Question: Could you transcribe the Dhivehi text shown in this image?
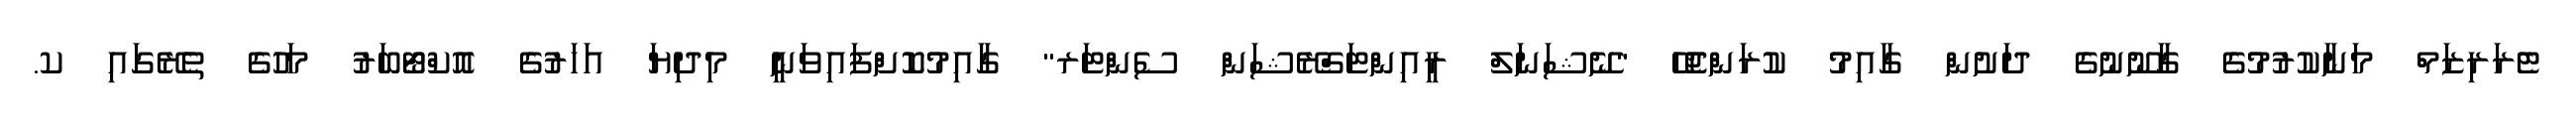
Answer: ޓެރަރިޒަމް މަނާކުރުމުގެ ގާނޫނުގެ ދަށުން ގާއިމު ކުރަންޖެހޭ "ނޭޝަނަލް ރީއިންޓަގްރޭޝަން ސެންޓަރ" ގާއިމުކޮށްފައިވަނީ މިދިޔަ އަހަރުގެ އޮކްޓޯބަރު މަހުގެ ތެރޭގައި ކ.